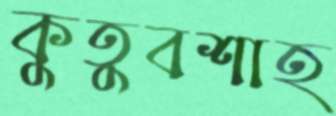
কুতুবশাহ